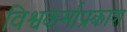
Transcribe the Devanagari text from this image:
विश्वकर्माप्रकाश